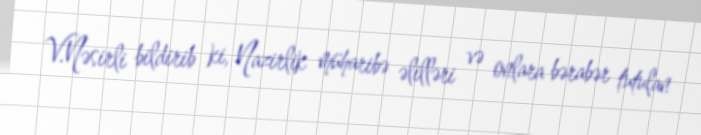
V.Nəsirli bildirib ki, Nazirlik müharibə əlilləri və onlara bərabər tutulan